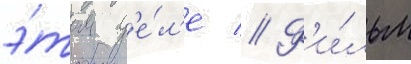
э́том д'е́л'е // Ф'и́льм